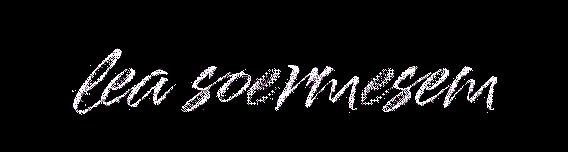
lea soermesem